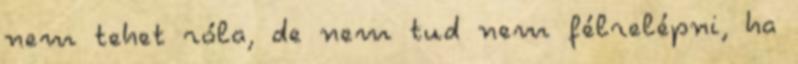
nem tehet róla, de nem tud nem félrelépni, ha